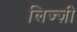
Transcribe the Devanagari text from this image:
लिज्ज़ी